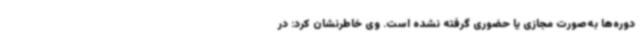
دوره‌ها به‌صورت مجازی یا حضوری گرفته نشده ‌است. وی خاطرنشان کرد: در